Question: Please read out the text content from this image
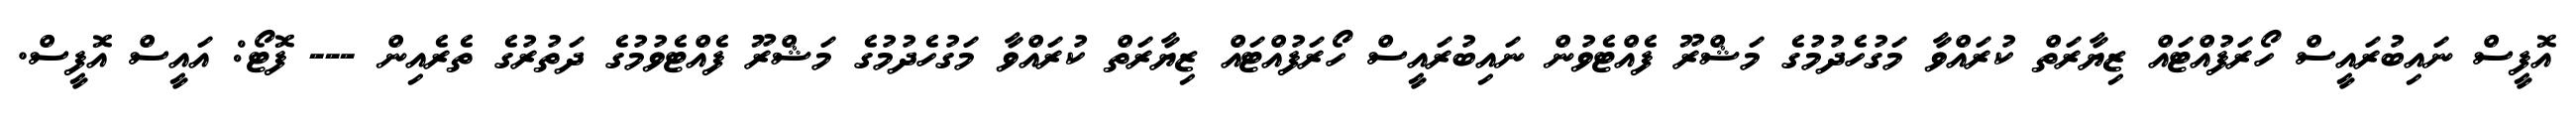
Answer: އޮފީސް ނައިބުރައީސް ހޯރަފުއްޓައް ޒިޔާރަތް ކުރައްވާ މަގުހެދުމުގެ މަޝްރޫ ފެއްޓެވުން ނައިބުރައީސް ހޯރަފުއްޓައް ޒިޔާރަތް ކުރައްވާ މަގުހެދުމުގެ މަޝްރޫ ފެއްޓެވުމުގެ ދަތުރުގެ ތެރެއިން --- ފޮޓޯ: އައީސް އޮފީސް.